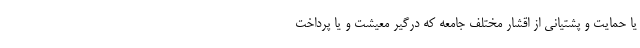
یا حمایت و پشتیانی از اقشار مختلف جامعه که درگیر معیشت و یا پرداخت